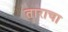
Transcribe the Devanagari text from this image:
ताराचा